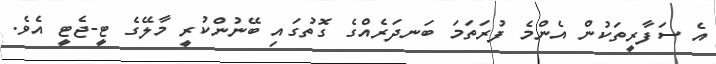
އެ ސަފާރީތަކުން އެންމެ ފުރަތަމަ ބަނދަރެއްގެ ގޮތުގައި ބޭނުންކުރީ މާލޭގެ ޓީ-ޖެޓީ އެވެ.